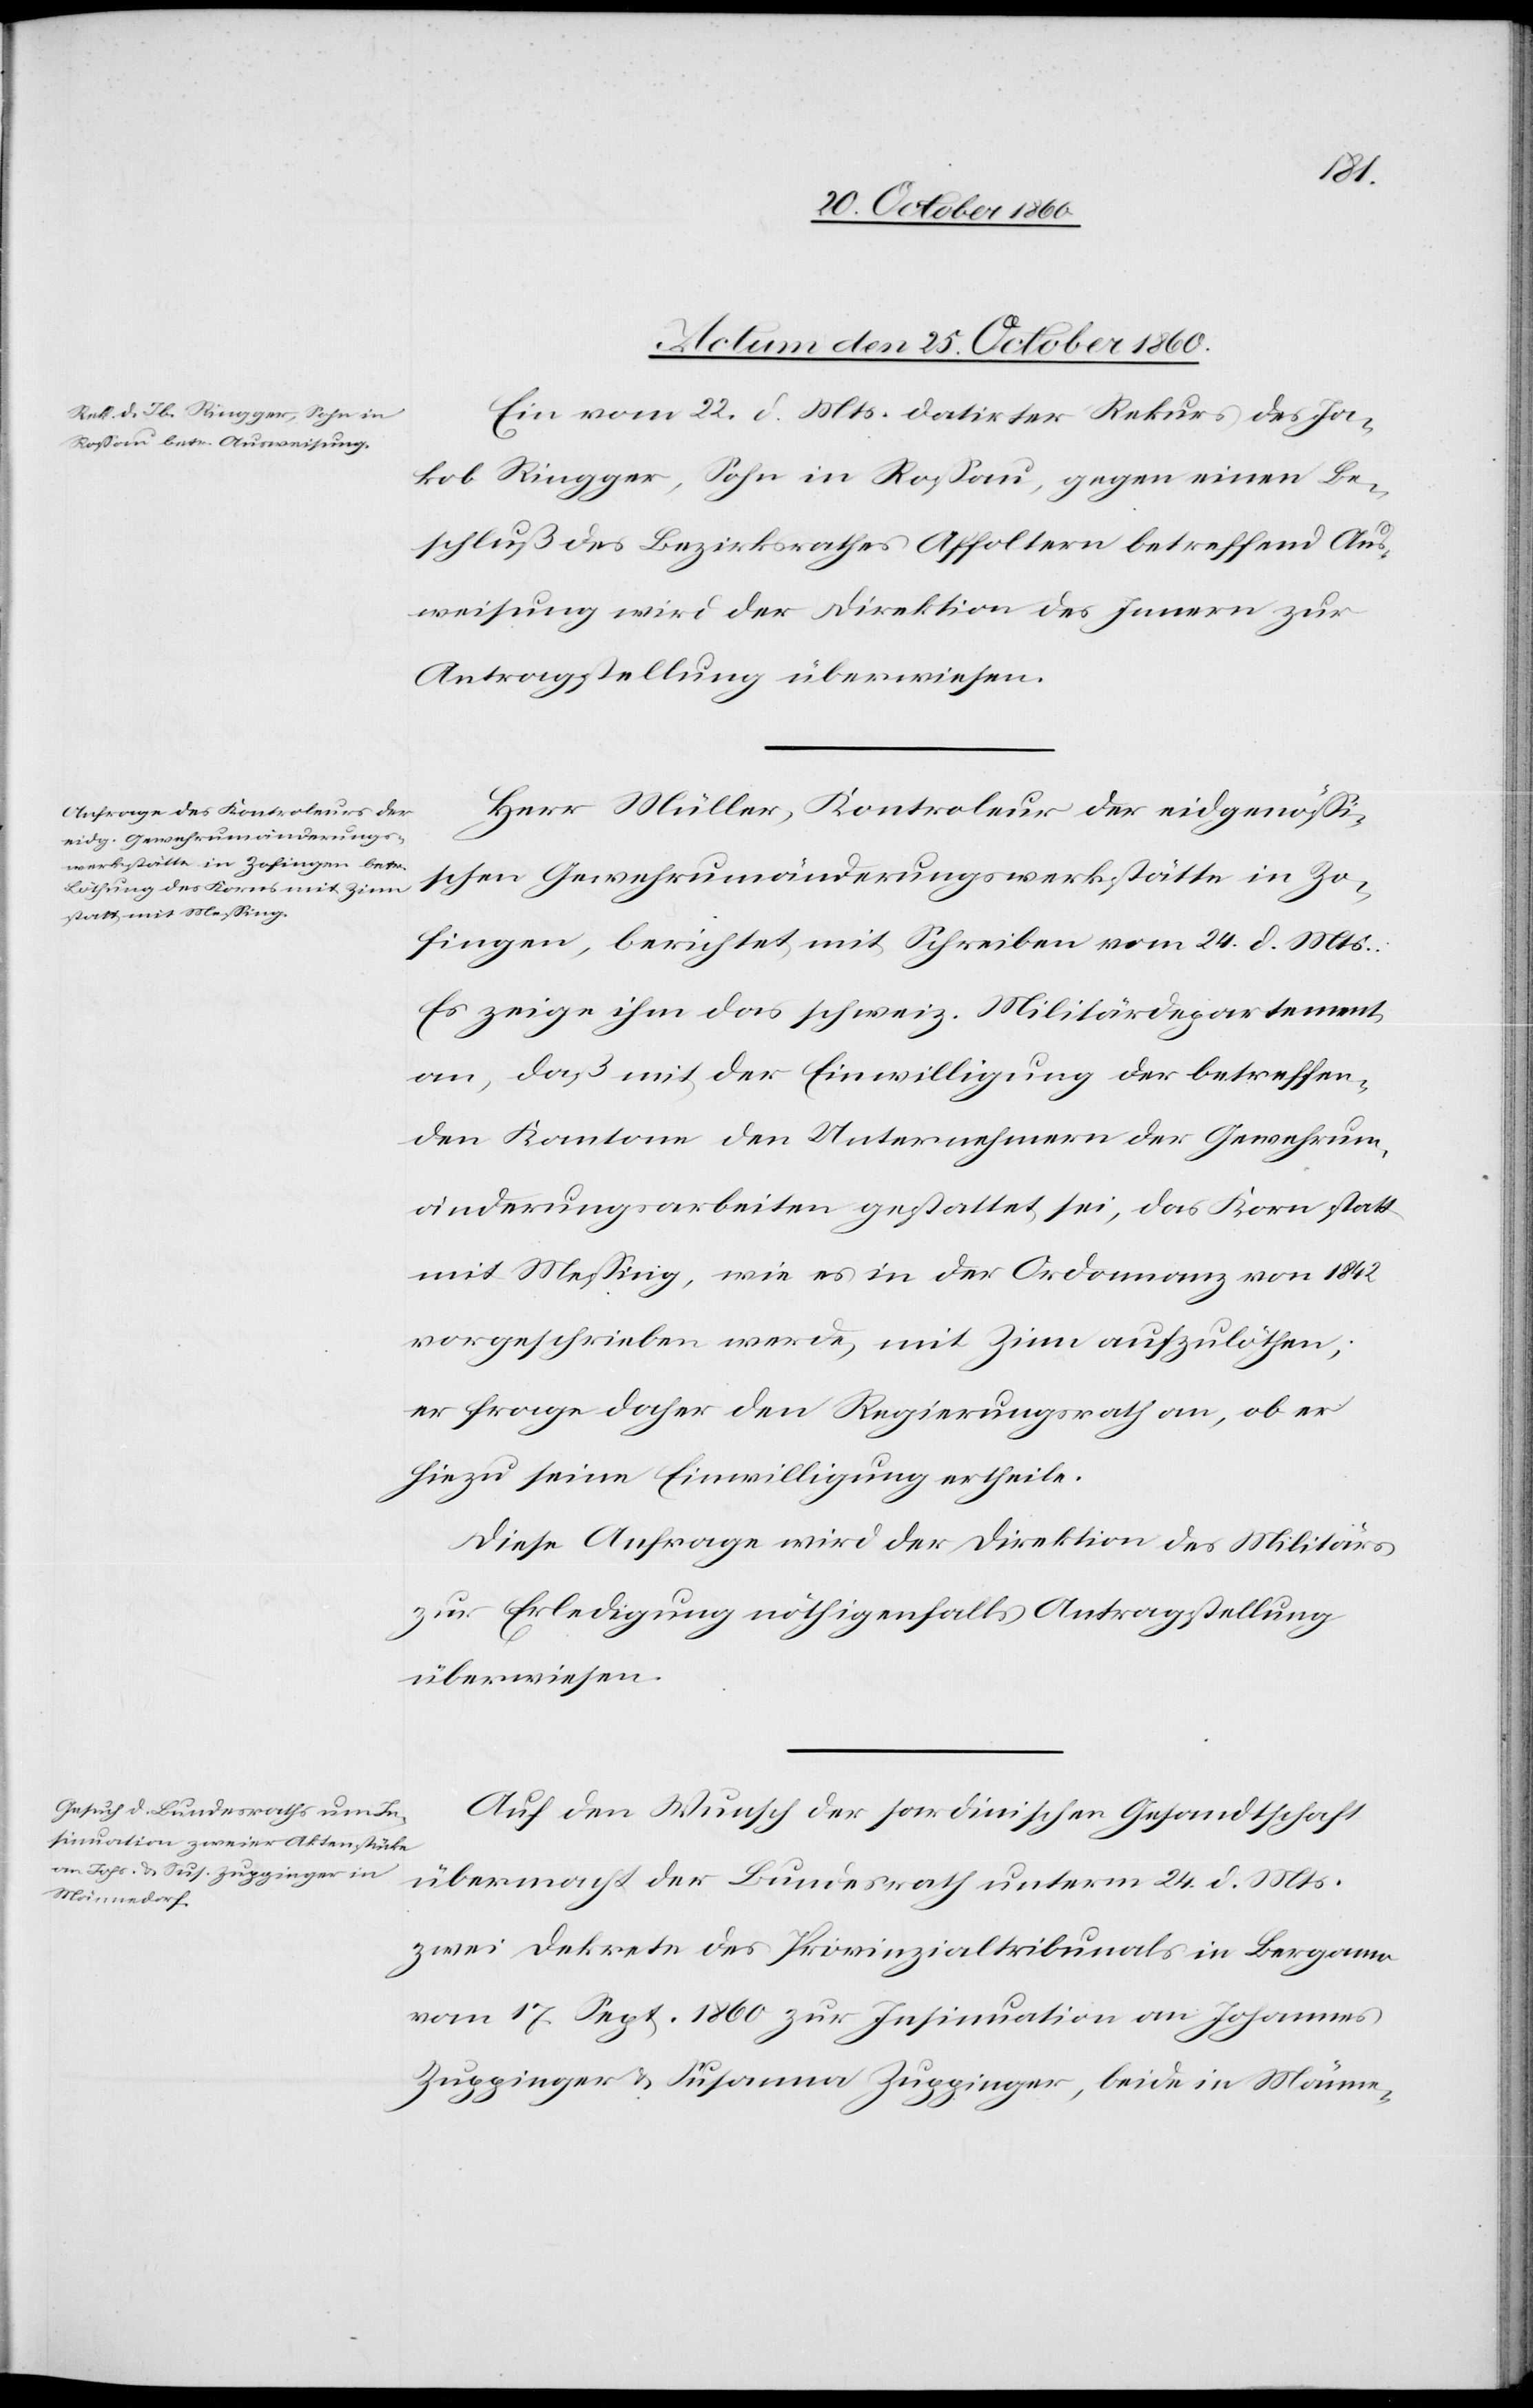
Actum den 25. October 1860.]
Ein vom 22. d. Mts. datirter Rekurs des Ja¬
kob Ringger, Sohn in Roßau, gegen einen Be¬
schluß des Bezirksrathes Affoltern betreffend Aus¬
weisung wird der Direktion des Innern zur
Antragstellung überwiesen.
Herr Müller, Kontroleur der eidgenössi¬
schen Gewehrumänderungswerkstätte in Zo¬
fingen, berichtet mit Schreiben vom 24. d. Mts.:
Es zeige ihm das schweiz. Militärdepartement
an, daß mit der Einwilligung der betreffen¬
den Kantone den Unternehmern der Gewehrum¬
änderungsarbeiten gestattet sei, das Korn statt
mit Messing, wie es in der Ordonnanz von 1842
vorgeschrieben werde, mit Zinn aufzulöthen,
es frage daher den Regierungsrath an, ob er
hiezu seine Einwilligung ertheile.
Diese Anfrage wird der Direktion des Militärs
zur Erledigung nöthigenfalls Antragstellung
überwiesen.
Auf den Wunsch der sardinischen Gesandtschaft
übermacht der Bundesrath unterm 24. d. Mts.
zwei Dekrete des Provinzialtribunals in Bergamo
vom 17. Sept. 1860 zur Insinuation an Johannes
Zuppinger u. Susanna Zuppinger, beide in Männe-